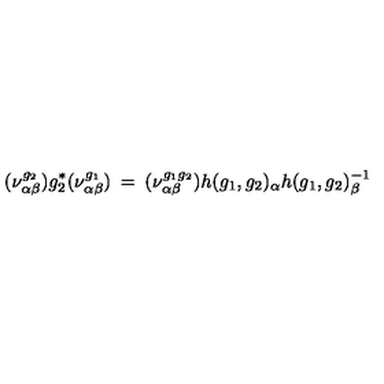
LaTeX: ( \nu _ { \alpha \beta } ^ { g _ { 2 } } ) g _ { 2 } ^ { * } ( \nu _ { \alpha \beta } ^ { g _ { 1 } } ) \: = \: ( \nu _ { \alpha \beta } ^ { g _ { 1 } g _ { 2 } } ) h ( g _ { 1 } , g _ { 2 } ) _ { \alpha } h ( g _ { 1 } , g _ { 2 } ) _ { \beta } ^ { - 1 }